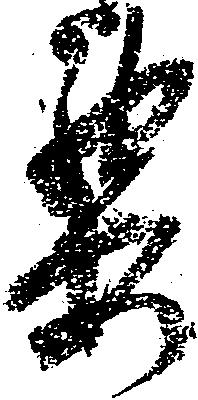
要